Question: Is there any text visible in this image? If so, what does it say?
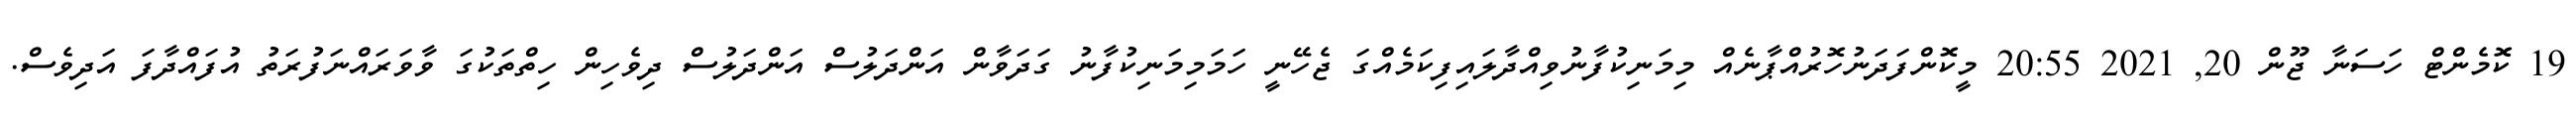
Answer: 19 ކޮމެންޓް ހަސަނާ ޖޫން 20, 2021 20:55 މީކޮންފަދަނުހޮރުއްޕާނެއް މިމަނިކުފާނުވިއްދާލައިފިކަމެއްގަ ޖެހޭނީ ހަމަމިމަނިކުފާނު ގަދަވާން އަންދަލުސް އަންދަލުސް ދިވެހިން ހިތްތަކުގަ ވާވަރައްނަފުރަތު އުފައްދާފަ އަދިވެސް.